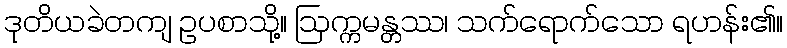
ဒုတိယခဲတကျ ဥပစာသို့။ ဩက္ကမန္တဿ၊ သက်ရောက်သော ရဟန်း၏။